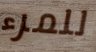
للمرء